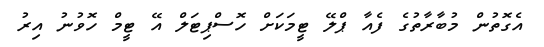
އެގޮތުން މުބާރާތުގެ ފެއާ ޕްލޭ ޓީމަކަށް ހޮސްޕިޓަލް އޭ ޓީމް ހޮވުނު އިރު